Jaan_Tonisson_(Lasteleht), lk 420
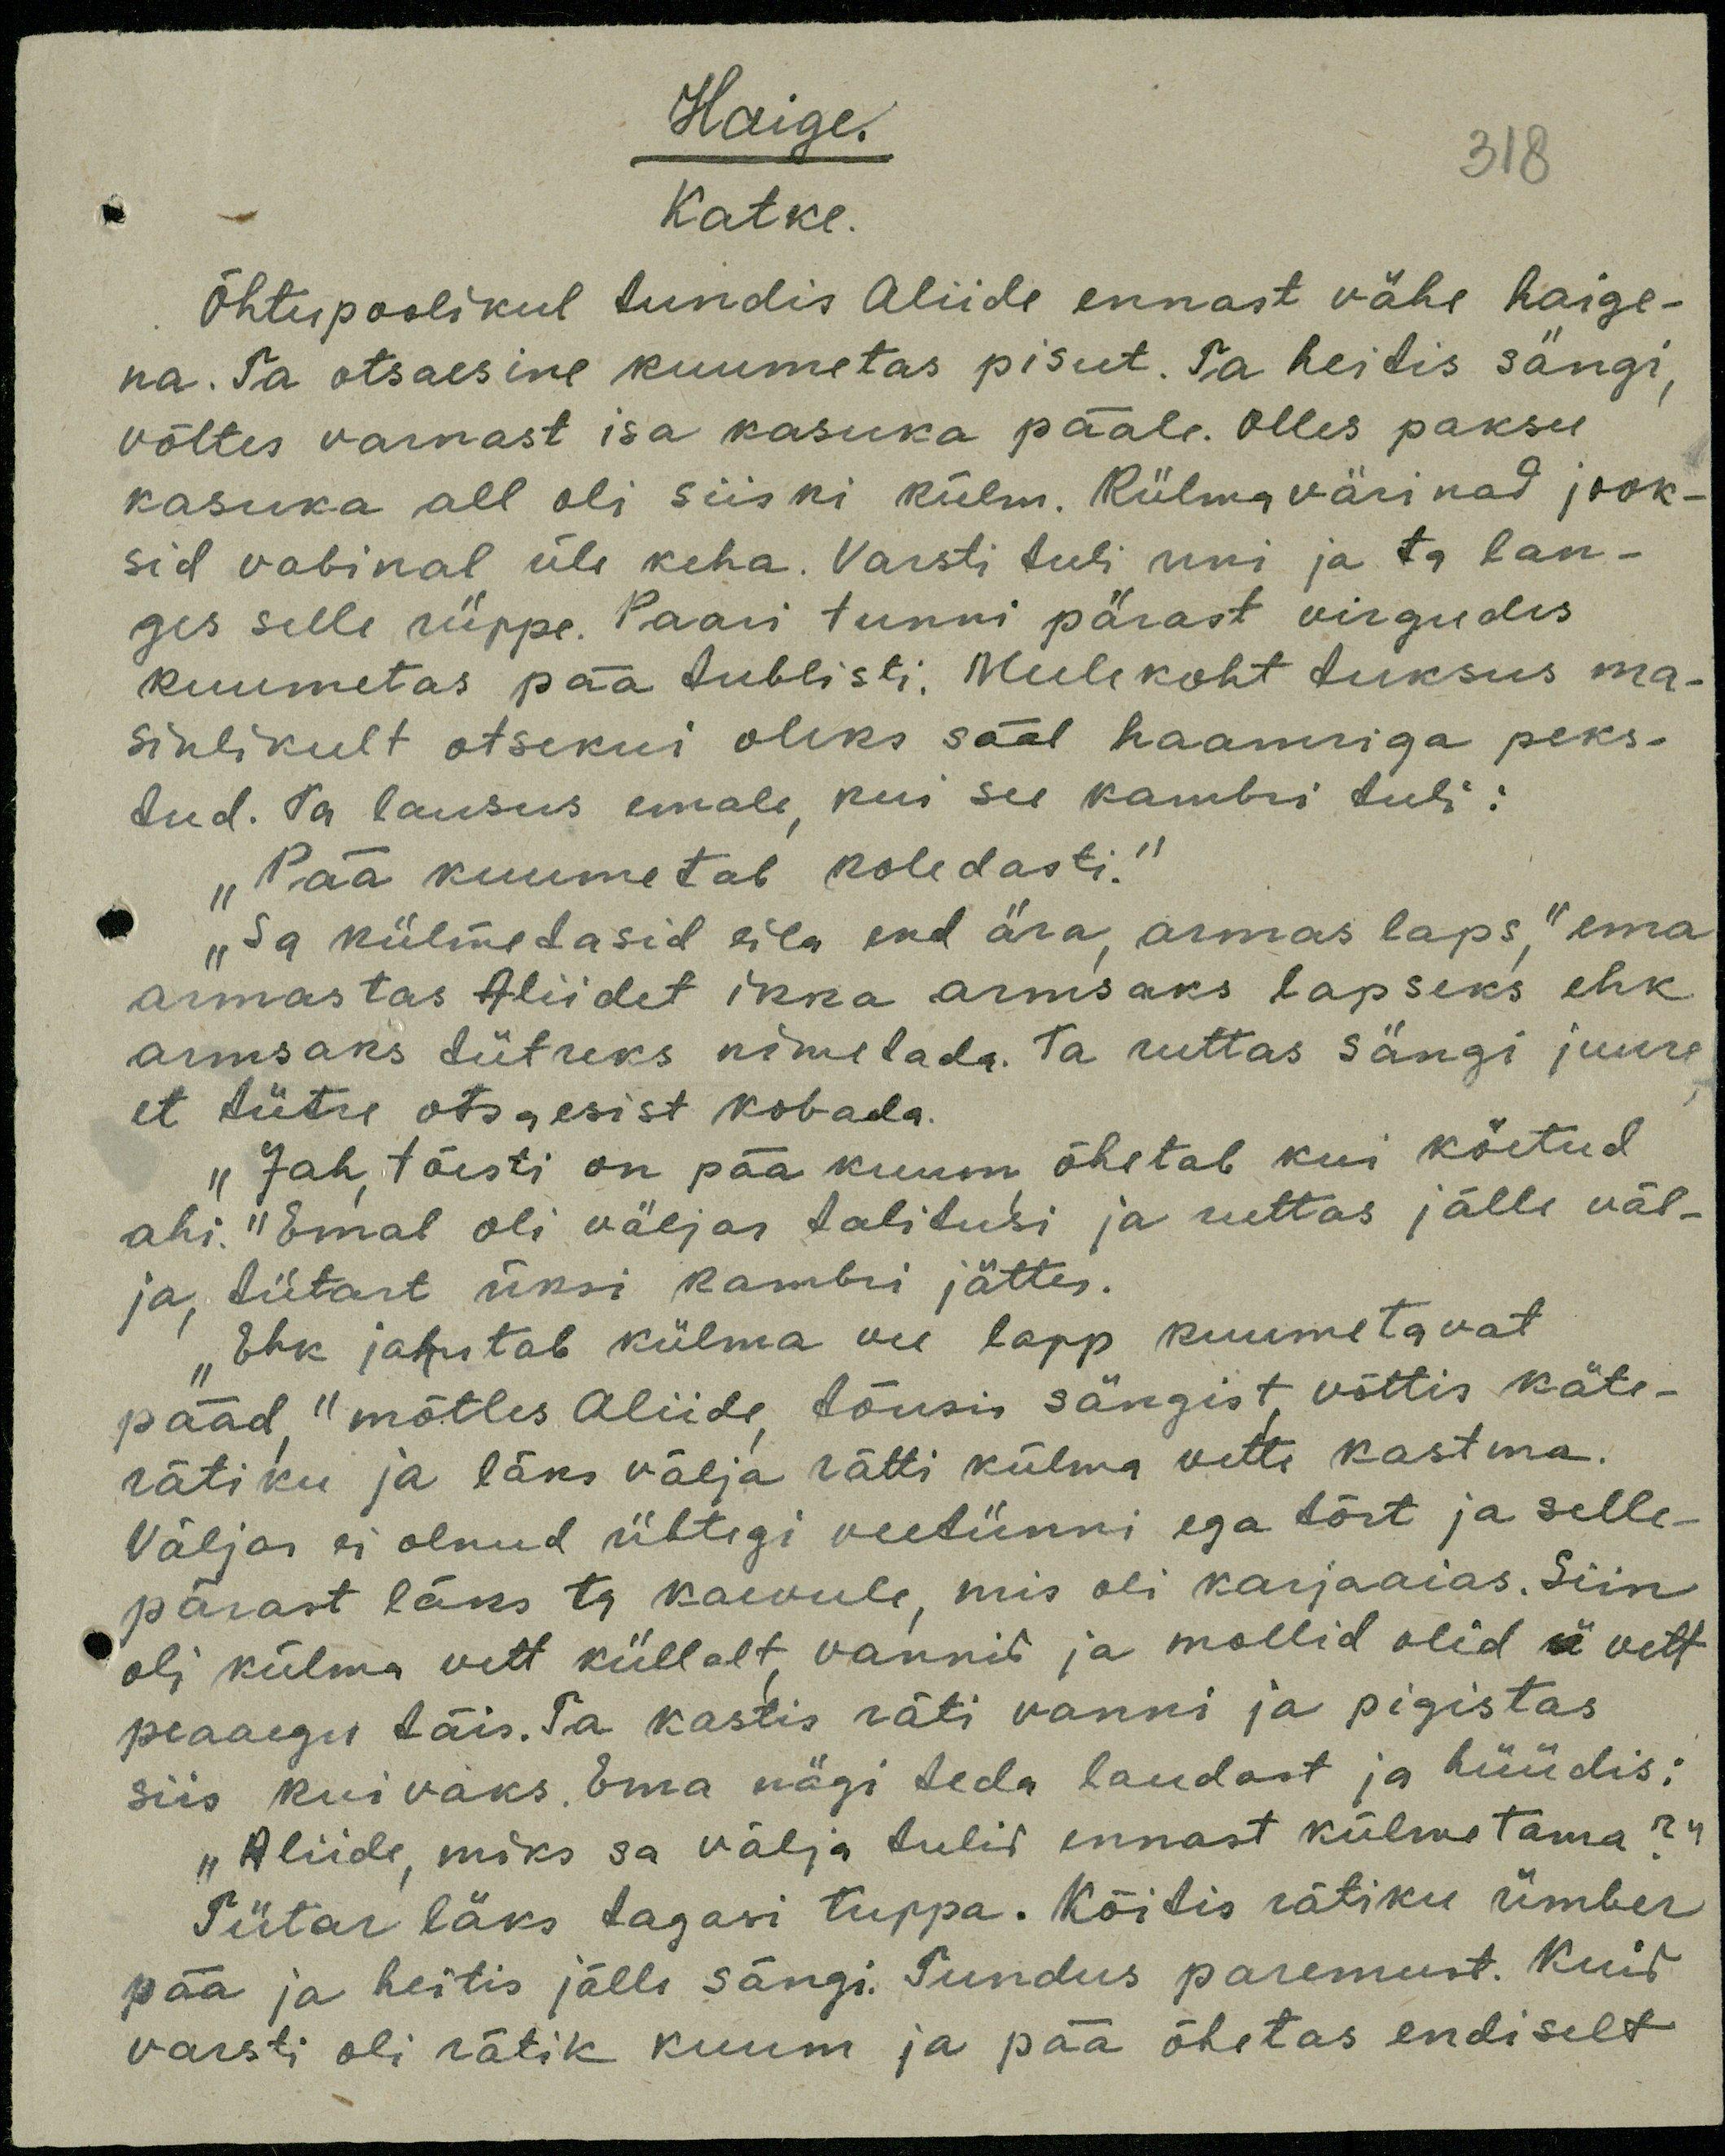
Haige
Katke.
Õhtupoolikul tundis Aliide ennast vähe haige-
na. Ta otsaesine kuumetas pisut. Ta heitis sängi,
võttes varnast isa kasuka pääle. Olles paksu
kasuka all oli siiski külm. Külmavärinad jook-
sid vabinal üle keha. Varsti tuli uni ja ta lan-
ges selle rüppe. Paari tunni pärast virgudes,
kuumetas pää tublisti. Meelekoht tuksus ma-
sinlikult otsekui oleks sääl haamriga peks-
tud. Ta lausus emale, kui see kambri tuli:
"Pää kuumetab koledasti."
"Sa külmedasid eila end ära, armas laps," ema
armastas Aliidet ikka armsaks lapseks ehk
armsaks tütreks nimetada. Ta ruttas sängi juure
et tütre otsaesist kobada.
"Jah, tõesti on pää kuum õhetab kui köetud
ahi." Emal oli väljas talitusi ja ruttas jälle väl-
ja tütart üksi kambri jättes.
"Ehk jahutab külma vee lapp kuumetavat
pääd" mõtles Aliide tõusis sängist võttis käte-
rätiku ja läks välja rätti külma vetti kastma.
Väljas ei olnud ühtegi veetünni ega tõrt ja selle-
pärast läks ta käevule, mis oli karjaaias. Siin
oli külma vett küllalt, vannid ja mollid olid vett
peaaegu täis. Ta kastis räti vanni ja pigistas
siis kuivaks. Ema nägi teda laudast ja hüüdis:
„Aliide, miks sa välja tulid ennast külmetama?“
Tütar läks tagasi tuppa. Köitis rätiku ümber
pää ja heitis jälle sängi. Tundus paremust. Kuid
varsti oli rätik kuum ja pää õhetas endiselt

318